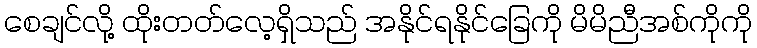
စေချင်လို့ ထိုးတတ်လေ့ရှိသည် အနိုင်ရနိုင်ခြေကို မိမိညီအစ်ကိုကို